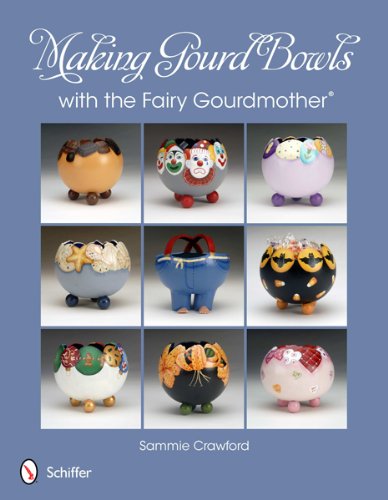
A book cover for Making Gourd Bowls with the Fairy Gourdmother; Sammie Crawford; Crafts, Hobbies & Home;